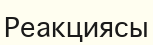
Реакциясы